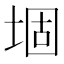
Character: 堌